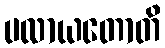
ပလာယတောတိ